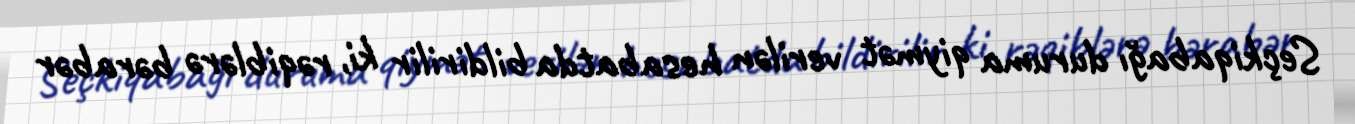
Seçkiqabağı duruma qiymət verilən hesabatda bildirilir ki, rəqiblərə bərabər